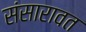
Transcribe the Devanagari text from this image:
संसारावत